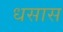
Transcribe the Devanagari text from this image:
धसास